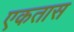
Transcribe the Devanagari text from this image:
एकतास